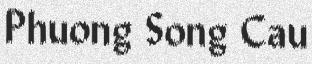
Phuong Song Cau